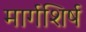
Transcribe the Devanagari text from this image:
मार्गशिर्ष